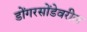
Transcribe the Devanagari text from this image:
डोंगरसोंडेवरील